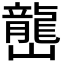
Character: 𡾩